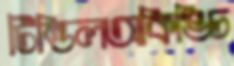
টিন্ডিলঅকিঙ্চি